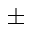
\pm